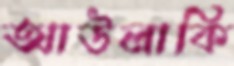
আউলাকি